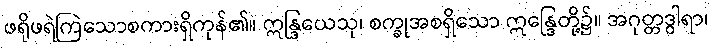
ဖရိုဖရဲကြဲသောစကားရှိကုန်၏။ ဣန္ဒြယေသု၊ စက္ခုအစရှိသော ဣန္ဒြေတို့၌။ အဂုတ္တဒွါရာ၊